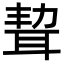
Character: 𦕥